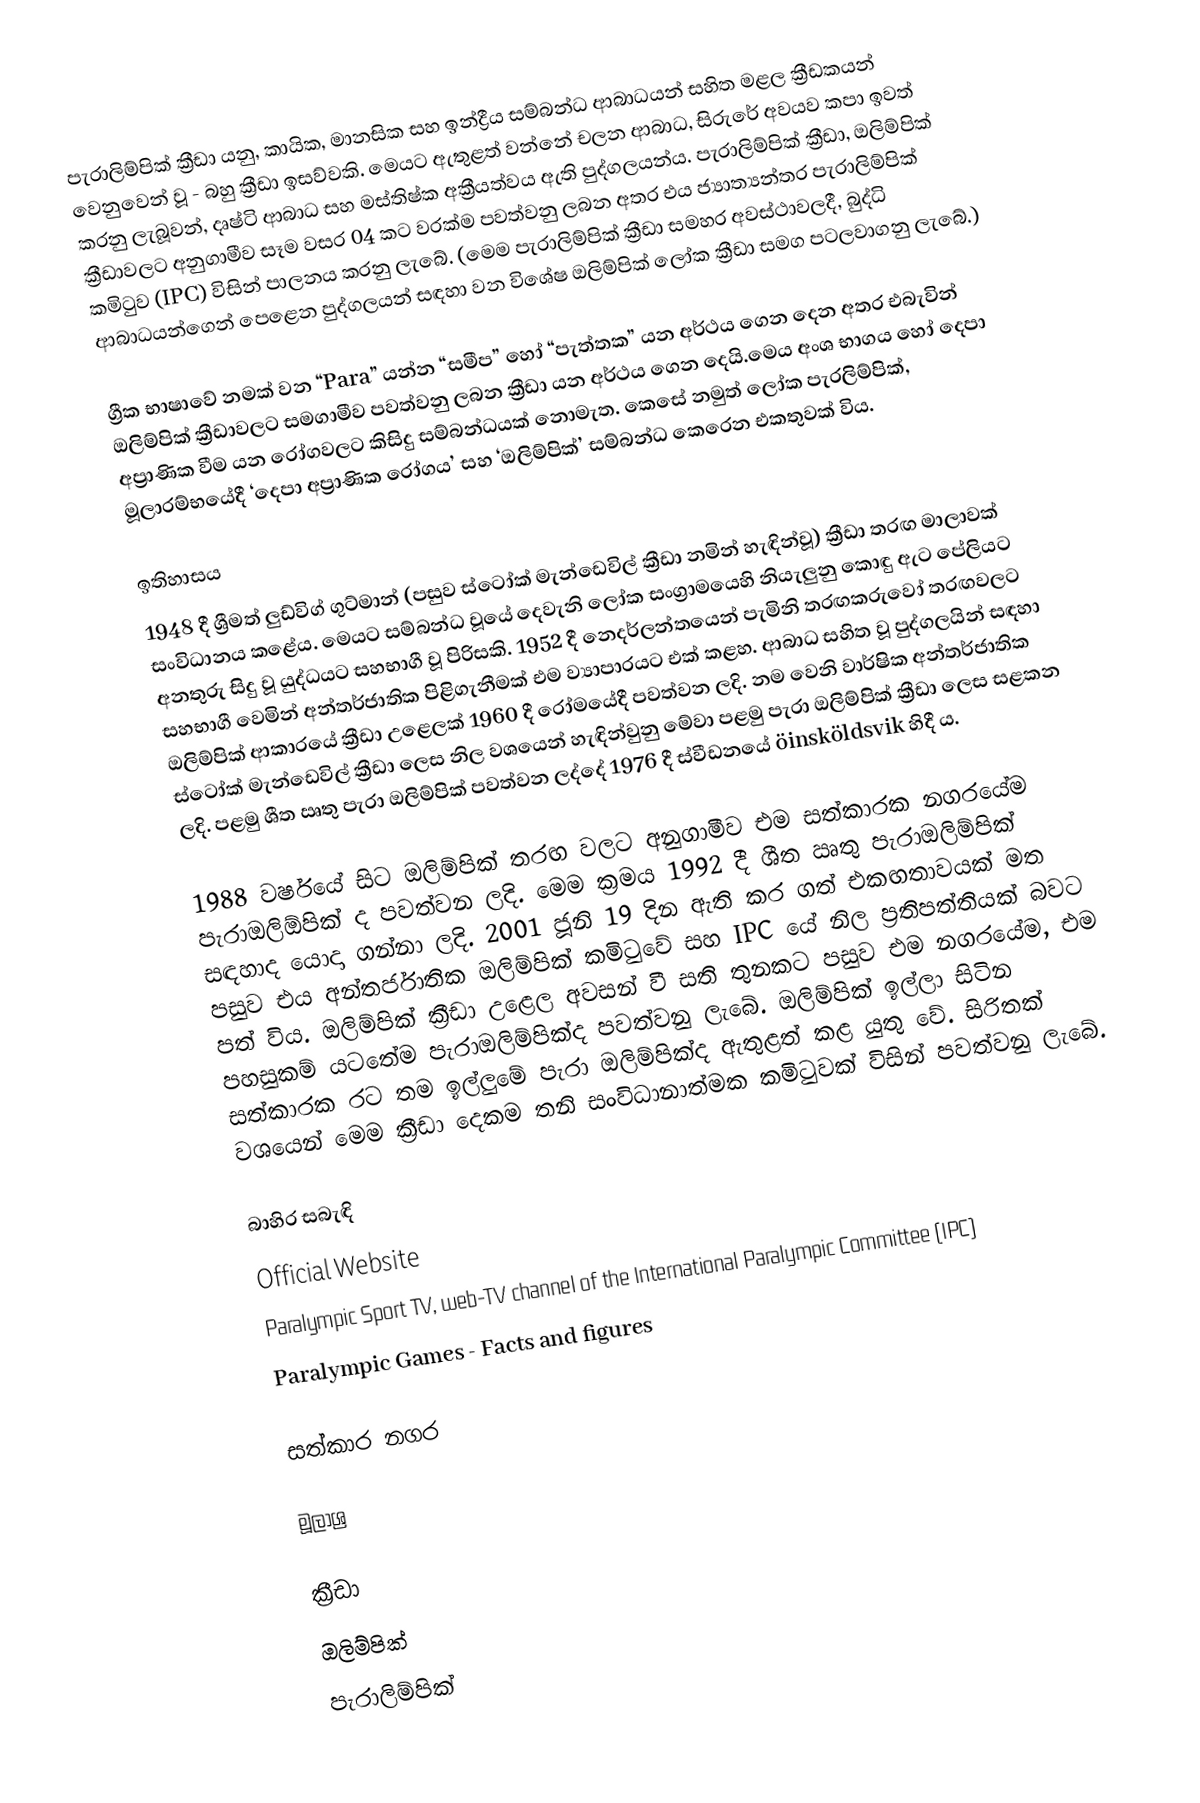
පැරාලිම්පික් ක්‍රීඩා යනු, කායික, මානසික සහ ඉන්ද්‍රීය සම්බන්ධ ආබාධයන් සහිත මළල ක්‍රීඩකයන් වෙනුවෙන් වූ - බහු ක්‍රීඩා ඉසව්වකි. මෙයට ඇතුළත් වන්නේ චලන ආබාධ, සිරුරේ අවයව කපා ඉවත් කරනු ලැබූවන්, දෘෂ්ටි ආබාධ සහ මස්තිෂ්ක අක්‍රීයත්වය ඇති පුද්ගලයන්ය. පැරාලිම්පික් ක්‍රීඩා, ඔලිම්පික් ක්‍රීඩාවලට අනුගාමීව සෑම වසර 04 කට වරක්ම පවත්වනු ලබන අතර එය ජ්‍යාත්‍යන්තර පැරාලිම්පික් කමිටුව (IPC) විසින් පාලනය කරනු ලැබේ. (මෙම පැරාලිම්පික් ක්‍රීඩා සමහර අවස්ථාවලදී, බුද්ධි ආබාධයන්ගෙන් පෙළෙන පුද්ගලයන් සඳහා වන විශේෂ ඔලිම්පික් ලෝක ක්‍රීඩා සමග පටලවාගනු ලැබේ.)

ග්‍රීක භාෂාවේ නමක් වන “Para” යන්න “සමීප” හෝ “පැත්තක” යන අර්ථය ගෙන දෙන අතර එබැවින් ඔලිම්පික් ක්‍රීඩාවලට සමගාමීව පවත්වනු ලබන ක්‍රීඩා යන අර්ථය ගෙන දෙයි.මෙය අංශ භාගය හෝ දෙපා අප්‍රාණික වීම යන රෝගවලට කිසිදු සම්බන්ධයක් නොමැත.  කෙසේ නමුත් ලෝක පැරලිම්පික්, මූලාරම්භයේදී ‘දෙපා අප්‍රාණික රෝගය’ සහ ‘ඔලිම්පික්’ සම්බන්ධ කෙරෙන එකතුවක් විය.

ඉතිහාසය
1948 දී ශ්‍රීමත්  ලුඩ්විග් ගුට්මාන් (පසුව ස්ටෝක් මැන්ඩෙවිල් ක්‍රීඩා නමින් හැඳින්වූ) ක්‍රීඩා තරඟ මාලාවක් සංවිධානය කළේය. මෙයට සම්බන්ධ වූයේ දෙවැනි ලෝක සංග්‍රාමයෙහි නියැලුනු කොඳු ඇට පේලියට අනතුරු සිදු වූ යුද්ධයට සහභාගී වූ පිරිසකි. 1952 දී නෙදර්ලන්තයෙන් පැමිනි තරඟකරුවෝ තරඟවලට සහභාගී වෙමින් අන්තර්ජාතික පිළිගැනීමක් එම ව්‍යාපාරයට එක් කළහ. ආබාධ සහිත වූ පුද්ගලයින් සඳහා ඔලිම්පික් ආකාරයේ ක්‍රීඩා උළෙලක් 1960 දී රෝමයේදී පවත්වන ලදි. නම වෙනි වාර්ෂික අන්තර්ජාතික ස්ටෝක් මැන්ඩෙවිල් ක්‍රීඩා ලෙස නිල වශයෙන් හැඳින්වුනු මේවා පළමු පැරා ඔලිම්පික් ක්‍රීඩා ලෙස සළකන ලදි. පළමු ශීත ඍතු පැරා ඔලිම්පික් පවත්වන ලද්දේ 1976 දී ස්වීඩනයේ öinsköldsvik හිදී ය.

1988 වර්ෂයේ සිට ඔලිම්පික් තරඟ වලට අනුගාමීව එම සත්කාරක නගරයේම පැරාඔලිඕපික් ද පවත්වන ලදි. මෙම ක්‍රමය 1992 දී ශීත ඍතු පැරාඔලිම්පික් සඳහාද යොදා ගන්නා ලදි. 2001 ජූනි 19 දින ඇති කර ගත් එකඟතාවයක් මත පසුව එය අන්තර්ජාතික ඔලිම්පික් කමිටුවේ සහ IPC යේ නිල ප්‍රතිපත්තියක් බවට පත් විය. ඔලිම්පික් ක්‍රීඩා උළෙල අවසන් වී සති තුනකට පසුව එම නගරයේම, එම පහසුකම් යටතේම පැරාඔලිම්පික්ද පවත්වනු ලැබේ. ඔලිම්පික් ඉල්ලා සිටින සත්කාරක රට තම ඉල්ලුමේ පැරා ඔලිම්පික්ද ඇතුළත් කළ යුතු වේ. සිරිතක් වශයෙන් මෙම ක්‍රීඩා දෙකම තනි සංවිධානාත්මක කමිටුවක් විසින් පවත්වනු ලැබේ.

බාහිර සබැඳි
 Official Website
 Paralympic Sport TV, web-TV channel of the International Paralympic Committee (IPC)
 Paralympic Games - Facts and figures

සත්කාර  නගර

මූලාශ්‍ර

ක්‍රීඩා
ඔලිම්පික්
පැරාලිම්පික්